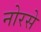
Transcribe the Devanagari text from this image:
नोरसे